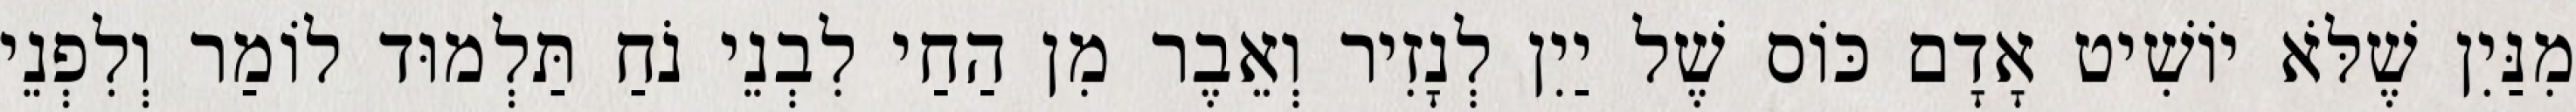
מִנַּיִן שֶׁלֹּא יוֹשִׁיט אָדָם כּוֹס שֶׁל יַיִן לְנָזִיר וְאֵבֶר מִן הַחַי לִבְנֵי נֹחַ תַּלְמוּד לוֹמַר וְלִפְנֵי